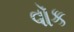
વૉક